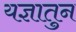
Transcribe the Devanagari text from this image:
यज्ञातुन